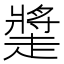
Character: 𧽩